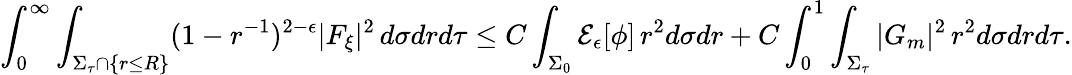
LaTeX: \int_{0}^{\infty}\int_{\Sigma_{\tau}\cap\{ r\leq R\} }(1-r^{-1})^{2-\epsilon}|F_{\xi}|^{2}\, d\sigma drd\tau\leq C\int_{\Sigma_{0}}\mathcal{E}_{\epsilon}[\phi]\, r^{2}d\sigma dr+C\int_{0}^{1}\int_{\Sigma_{\tau}}|G_{m}|^{2}\, r^{2}d\sigma drd\tau.